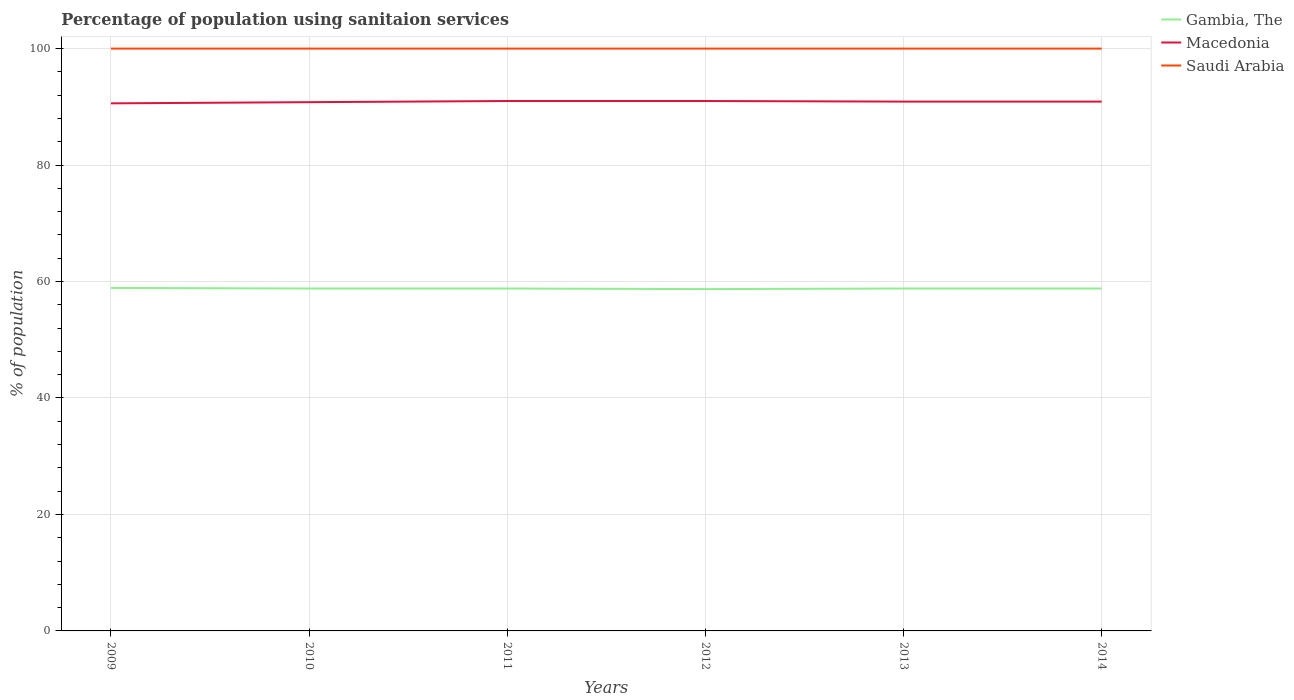
| Years | Gambia, The | Macedonia | Saudi Arabia |
 | --- | --- | --- | --- |
 | 2009 | 58.9 | 90.6 | 100 |
 | 2010 | 58.8 | 90.8 | 100 |
 | 2011 | 58.8 | 91 | 100 |
 | 2012 | 58.7 | 91 | 100 |
 | 2013 | 58.8 | 90.9 | 100 |
 | 2014 | 58.8 | 90.9 | 100 |